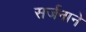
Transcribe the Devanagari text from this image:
सर्जनाने